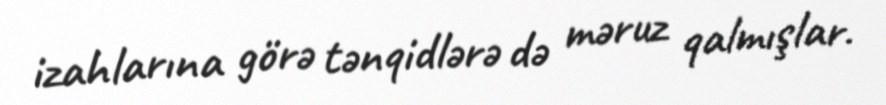
izahlarına görə tənqidlərə də məruz qalmışlar.